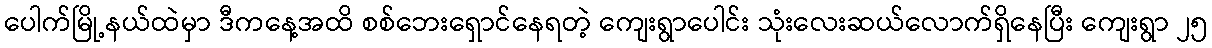
ပေါက်မြို့နယ်ထဲမှာ ဒီကနေ့အထိ စစ်ဘေးရှောင်နေရတဲ့ ကျေးရွာပေါင်း သုံးလေးဆယ်လောက်ရှိနေပြီး ကျေးရွာ ၂၅